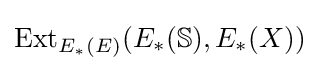
{\text{Ext}}_{E_{*}(E)}(E_{*}(\mathbb {S} ),E_{*}(X))